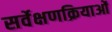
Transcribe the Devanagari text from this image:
सर्वेक्षणक्रियाओं